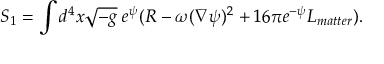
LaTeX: S _ { 1 } = \int d ^ { 4 } x \sqrt { - g } \; e ^ { \psi } ( R - \omega ( \nabla \psi ) ^ { 2 } + 1 6 \pi e ^ { - \psi } L _ { m a t t e r } ) .